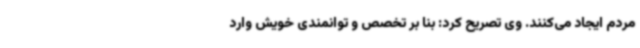
مردم ایجاد می‌کنند. وی تصریح کرد: بنا بر تخصص و توانمندی خویش وارد